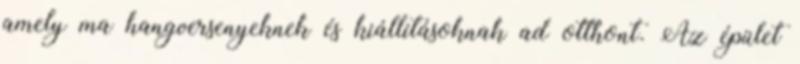
amely ma hangversenyeknek és kiállításoknak ad otthont. Az épület